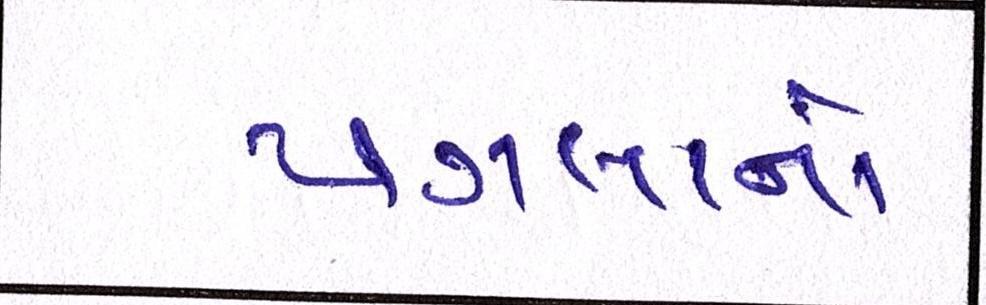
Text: પગલાનો